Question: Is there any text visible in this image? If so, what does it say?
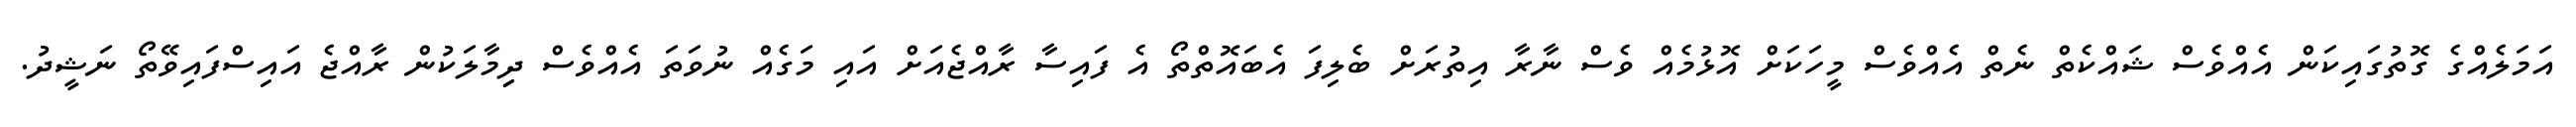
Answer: އަމަލެއްގެ ގޮތުގައިކަން އެއްވެސް ޝައްކެތް ނެތް އެއްވެސް މީހަކަށް އޮޅުމެއް ވެސް ނާރާ އިތުރަށް ބެލިފަ އެބައޮތްތޯ އެ ފައިސާ ރާއްޖެއަށް އައި މަގެއް ނުވަތަ އެއްވެސް ދިިމާލަކުން ރާއްޖެ އައިސްފައިވޭތޯ ނަޝީދު.